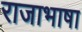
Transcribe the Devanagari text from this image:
राजाभाषा